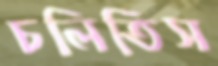
চলিতিস